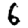
Digit: 6